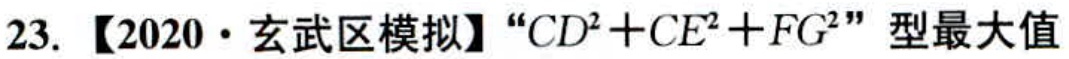
23. 【2020·玄武区模拟】“\(CD^{2}+CE^{2}+FG^{2}\)”型最大值